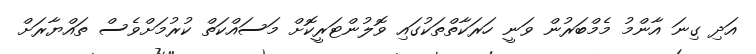
އަދި ގިނަ އާންމު މެމްބަރުން ވަނީ ހަރަކާތްތަކުގައި ވޮލުންޓަރީކޮށް މަސައްކަތް ކުރުމަށްވެސް ތައްޔާރަށް